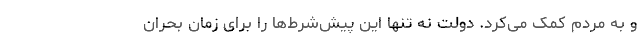
و به مردم کمک می‌کرد. دولت نه تنها این پیش‌شرط‌ها را برای زمان بحران